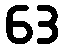
63